Annual report of the Punjab Veterinary College and of the Civil Veterinary Department, Punjab - 1926-1932
Year: 1926
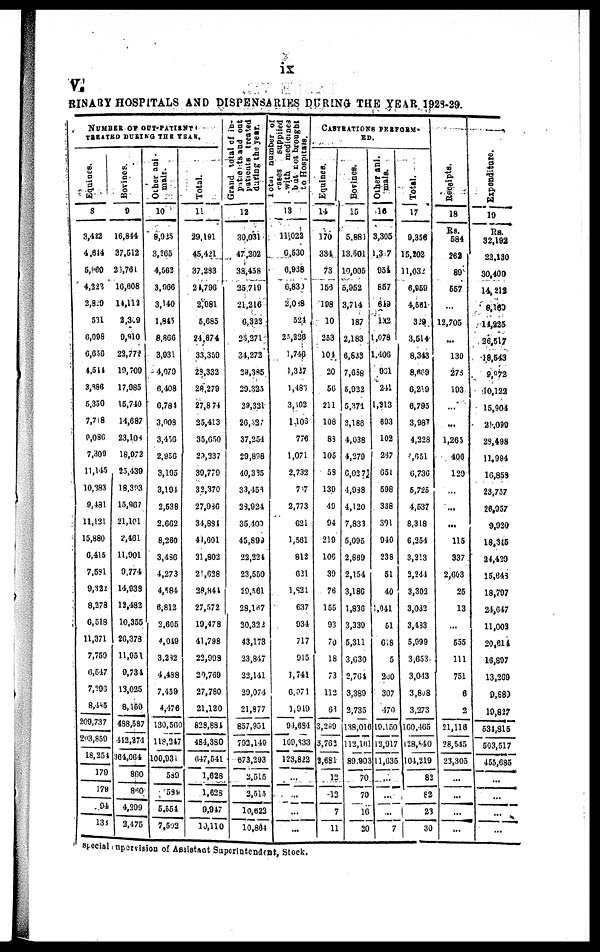
ix
v.
RINARY HOSPITALS AND DISPENSARIES DURING THE YEAR 1928-29.
NUMBER OF OUT-PATIENTS
TREATED DURING THE YEAR.
Equines.
8
3,422
4,614
5,960
4,222
2,820
531
6,098
6,650
4,544
3,186
5.350
7,718
9,086
7,309
11,145
10,383
9,481
11,121
15,880
6,415
7,581
9,322
8,278
6,518
11,371
7,759
6,547
7,296
8,485
209,737
203,859
18,251
179
179
94
138
Bovines.
9
16,844
37,512
26,761
10,608
14,112
2,309
9,910
22,778
19,709
17,985
15,740
14,687
23,108
18,972
25,439
18,393
15,967
21,101
2,461
11,901
9,774
14,938
12,482
10,355
20,373
11,954
9,731
13,025
8,159
488,587
412,274
364,064
860
860
4,299
2,475
Other ani-
mals.
10
8,925
3,265
4,562
3,966
3,140
1,845
8,866
3,931
4,079
0,408
0,784
3,008
3,456
2,956
3,195
3,194
2,538
2,662
8,260
3,486
4,273
4,584
6,812
2,605
4,049
3,282
4,488
7,459
4,476
130,560
118,247
100,934
589
589
5,554
7,502
Total.
11
29,191
45,421
37,283
24,796
2,081
5,685
24,874
33,359
28,332
28,279
27,8 74
25,413
35,650
29,237
39,779
32,370
27,986
34,884
44,601
21,802
21,628
28,844
27,572
19,478
41,798
22,999
20,769
27,780
21,120
828,884
484,380
647,541
1,628
1,628
9,947
10,110
Grand total of in-
patients
and out
patients treated
during the year.
12
30,031
47,202
38,458
25,719
21,216
6,322
25,271
34,272
29,385
29,325
29,321
26,327
37,254
29,898
40,335
33,456
29,924
35,400
45,899
22,224
23,550
29,561
28,167
20,322
43,173
23,847
22,141
29,074
21,877
857,951
792,140
673,293
2,515
2,515
10,622
10,864
Total number of
cases
supplied
with medicines
but not brought
to
Hospitals.
13
11,022
6,530
6,938
6,830
2,068
524
25,226
1,746
1,327
1,486
3,102
1,106
776
1,071
2,732
7.7
2,773
621
1,561
812
621
1,821
637
934
717
915
1,741
6,071
1,919
94,684
169,833
123,822
…
…
…
…
CASTRATION PERFORM-
ED.
Equines.
14
170
334
73
153
198
10
253
104
20
56
211
108
88
105
58
139
49
94
219
100
39
76
155
93
70
18
73
112
68
3,289
3,762
2,681
12
12
7
11
Bovines.
15
5,881
13,501
10,005
5,952
3,714
187
2,183
6,833
7,658
5,922
5,371
3,188
4,038
4,279
6,027
4,988
4,120
7,833
5,095
2,869
2,154
3,186
1,836
3,339
5,311
3,630
2,764
3,389
2,735
138,016
112,161
89,903
70
70
16
20
Other ani.
16
3,305
1,3 7
954
857
649
132
1,078
1,406
931
241
1,213
693
102
267
651
598
338
391
940
238
51
40
1,041
51
618
5
200
307
470
19,150
12,917
11,635
...
…
...
7
Total.
17
9,356
15,202
11,032
6,959
4,561
329
3,514
8,343
8,669
6,219
6,795
3,987
4,228
4,651
6,736
5,725
4,537
8,318
6,254
3,213
2,244
3,302
3,032
3,483
5,999
3,653
3,043
3,808
3,273
160,465
128,840
101,219
82
82
23
30
Receipts.
18
Rs.
584
262
89
557
…
12,705
...
130
278
193
…
...
1,265
406
129
…
...
...
115
337
2,603
25
13
...
655
111
751
6
2
21,116
28,545
23,305
…
…
…
…
Expenditure.
19
Rs.
32,192
22,180
30,400
14,212
8,160
14,225
26,517
18,543
9,972
10,122
15,904
21,099
28,498
11,994
16,858
23,757
26,957
9,920
18,345
24,429
15,643
18,797
24,647
11,002
20,614
16,897
13,269
9,880
19,827
534,815
503,517
455,685
…
…
...
...
Special supervision of Assistant Superintendent, Stock.